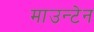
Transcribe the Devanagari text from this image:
माउन्‍टेन